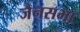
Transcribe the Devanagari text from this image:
जैनसभा